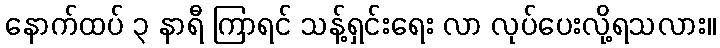
နောက်ထပ် ၃ နာရီ ကြာရင် သန့်ရှင်းရေး လာ လုပ်ပေးလို့ရသလား။